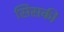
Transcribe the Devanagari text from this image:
सिसकी